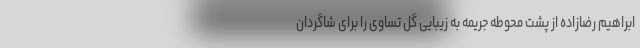
ابراهیم رضازاده از پشت محوطه جریمه به زیبایی گل تساوی را برای شاگردان